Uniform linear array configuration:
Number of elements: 24
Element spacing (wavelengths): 0.75
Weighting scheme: exponential
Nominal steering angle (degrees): -45
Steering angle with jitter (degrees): -43.325
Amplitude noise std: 0.05
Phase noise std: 0.05

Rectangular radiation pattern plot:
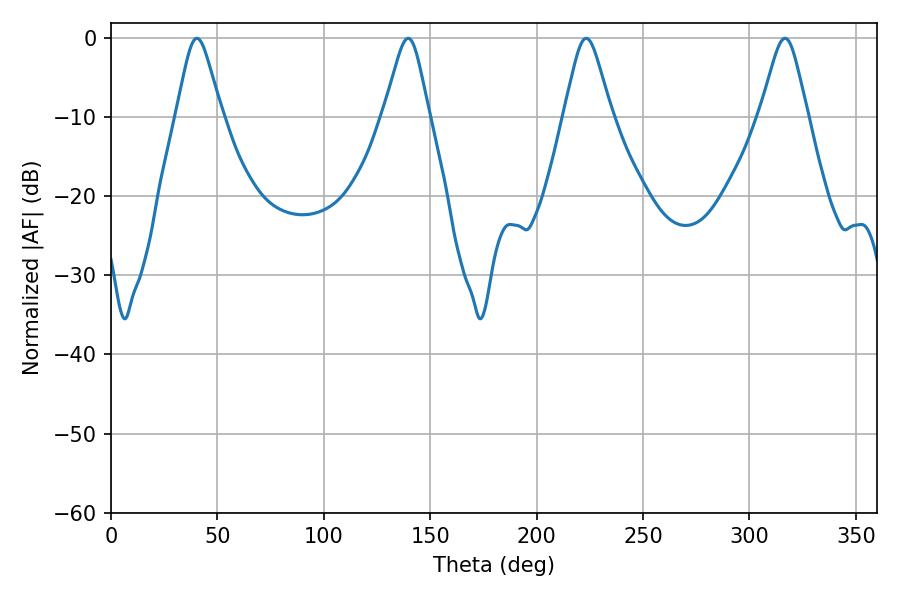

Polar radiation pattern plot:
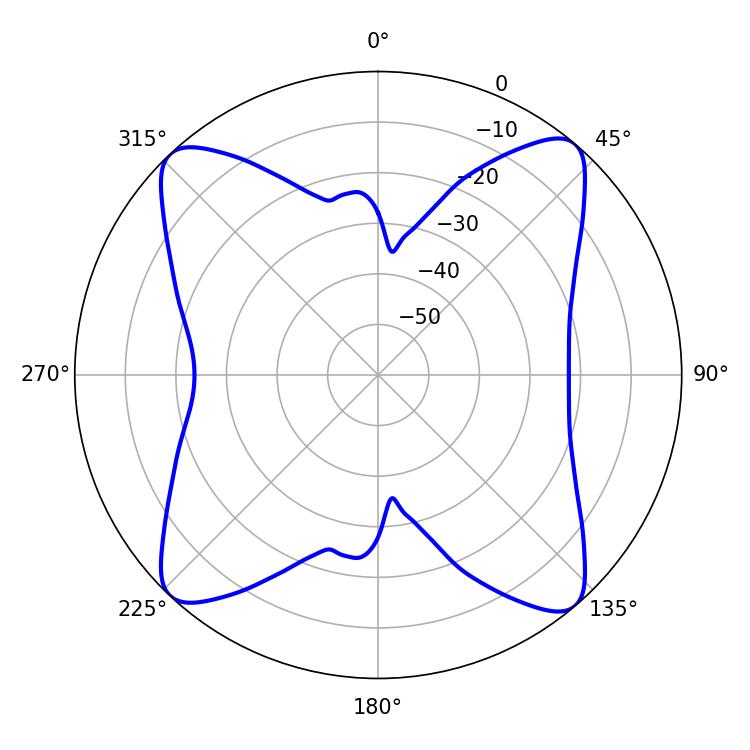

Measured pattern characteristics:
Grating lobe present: TRUE
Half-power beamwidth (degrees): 10.26
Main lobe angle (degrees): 40.32